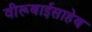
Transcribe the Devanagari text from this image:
वीरूबाईसाहेब